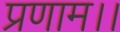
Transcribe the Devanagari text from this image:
प्रणाम।।